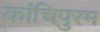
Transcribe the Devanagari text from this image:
कांचिपुरम